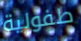
طفولية